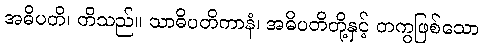
အဓိပတိ၊ တိသည်။ သာဓိပတိကာနံ၊ အဓိပတိတို့နှင့် တကွဖြစ်သော